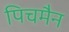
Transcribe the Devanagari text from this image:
पिचमैन